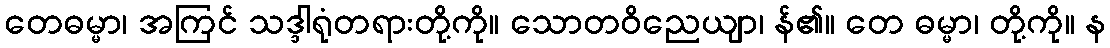
တေဓမ္မာ၊ အကြင် သဒ္ဒါရုံတရားတို့ကို။ သောတဝိညေယျာ၊ န်၏။ တေ ဓမ္မာ၊ တို့ကို။ န